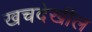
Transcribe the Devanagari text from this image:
खचदेखील